Sketch of the medical history of the native army of Bombay, for the year
Year: 1876
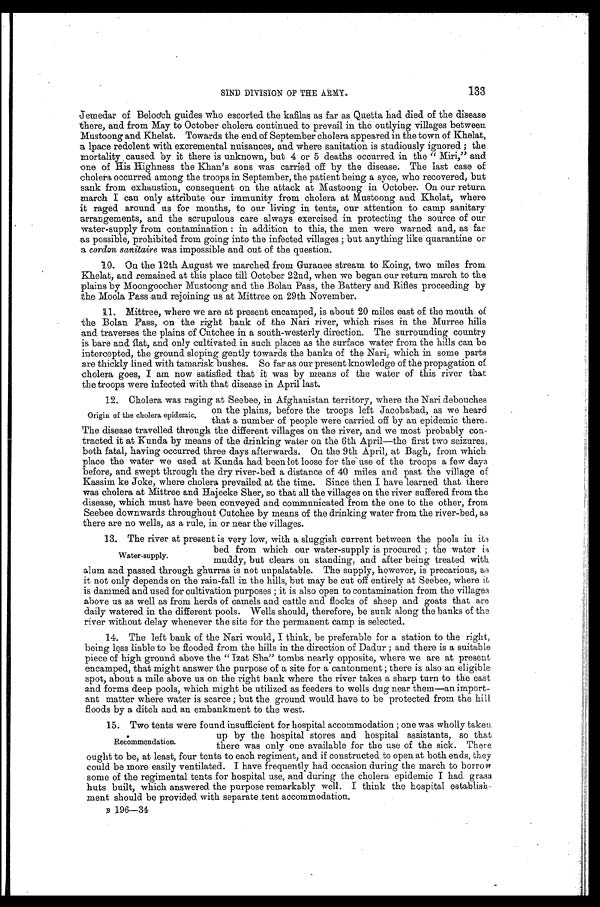
S I N D
D I V I S I O N O F T H E A R M Y .
Jemedar of Belooch guides who escorted the kafilas as far as Quetta had died of the disease
there, and from May to October cholera continued to prevail in the outlying villages between
Mustoong and Khelat. Towards the end of September cholera appeared in the town of Khelat,
a 1pace redolent with excremental nuisances, and where sanitation is studiously ignored ; the
mortality caused by it there is unknown, but 4 or 5 deaths occurred in the " Miri," and
one of His Highness the Khan's sons was carried off by the disease. The last case of
cholera occurred among the troops in September, the patient being a syce, who recovered, but
sank from exhaustion, consequent on the attack at Mastoong in October. On our return
march I can only attribute our immunity from cholera at Mustoong and Khelat, where
it raged around us for months, to our living in tents, our attention to camp sanitary
arrangements, and the scrupulous care always exercised in protecting the source of our
water-supply from contamination in addition to this the men were warned and as far
as possible prohibited from going into the infected villages but anything like quarantine or
a cordon sanitaire was impossible and out of the question.
10. On the 12th August we marched from Guranee stream to Doing two miles from
Khelat and remained at this place till October 22nd when we began our return march to the
plains by Moongoocher Mustoong and the Bolan Pass the Battery and Rifles proceeding by
the Moola Pass and rejoining us at Mittree on 29th November.
11. Mittree where we are at present encamped is about 20 miles east of the mouth of
the Bolan Pass on the right bank of the Nari river which rises in the Murree hills
and traverses the plains of Cutchee in a south-westerly direction. The surrounding country
is bare and flat and only cultivated in such places as the surface water from the hills can be
intercepted the ground sloping gently towards the banks of the Nari which in some parts
are thickly lined with tamarisk bushes. So far as our present knowledge of the propagation of
cholera goes I am now satisfied that it was by means of the water of this river that
the troops were infected with that disease in April last.
12. Cholera was raging at Seebee, in Afghanistan territory where the Nari debouchee
on the plains before the troops left Jacobabad as we heard
Origin of the cholera epidemic.
that a number of people were carried off by an epidemic there.
The disease travelled through the different villages on the river and we most probably con-
tracted it at Kunda by means of the drinking water on the 6th April—the first two seizures,
both fatal having occurred three days afterwards. On the 9th April at Bagh from which
place the water we used at kunda had been let loose for the use of the troops a few days
before and swept through the dry river-bed a distance of 40 miles and past the village of
Kassim ke Joke where cholera prevailed at the time. Since then I have learned that there
was cholera at Mittree and Hajeeke Sher so that all the villages on the river suffered from the
disease which must have been conveyed and communicated from the one to the other from
Seebee downwards throughout Cutchee by means of the drinking water from the river-bed as
there are no wells as a rule in or near the villages.
13. The river at present is very low with a sluggish current between the pools in its
bed from which our water-supply is procured the water is
W a t e r - s u p p l y .
muddy but clears on standing and after being treated with
alum and passed through ghurras is not unpalatable. The supply however is precarious as
it not only depends on the rain-fall in the hills but may be cut off entirely at Seebee where it
is dammed and used for cultivation purposes it is also open to contamination from the villages
above us as well as from herds of camels and cattle and flocks of sheep and goats that are
daily watered in the different pools. Wells should therefore be sunk along the banks of the
river without delay whenever the site for the permanent camp is selected.
14. The left bank of the Nari would I think be preferable for a station to the right
being less liable to be flooded from the hills in the direction of Dadur and there is a suitable
piece of high ground above the " Izat Sha" tombs nearly opposite where we are at present
encamped that might answer the purpose of a site for a cantonment there is also an eligible
spot about a mile above us on the right bank where the river takes a sharp turn to the east
and forms deep pools which might be utilized as feeders to wells dug near them—an import-
ant matter where water is scarce but the ground would have to be protected from the hill
floods by a ditch and an embankment to the west.
15. Two tents were found insufficient for hospital accommodation one was wholly taken
up by the hospital stores and hospital assistants so that
Recommendation. there was only one available for the use of the sick. There
ought to be at least four tents to each regiment and if constructed to open at both ends they
could be more easily ventilated. I have frequently had occasion during the march to borrow
some of the regimental tents for hospital use and during the cholera epidemic I had grass
huts built which answered the purpose remarkably well. I think the hospital
e s t a b l i s h –
ment should be provided with separate tent accommodation.
B
196-34